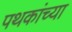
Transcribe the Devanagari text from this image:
पथकांच्या